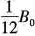
\frac{1}{12}B_{0}